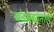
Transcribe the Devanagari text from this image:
चंडप्रद्योताचे